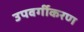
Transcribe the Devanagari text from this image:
उपवर्गीकरण